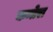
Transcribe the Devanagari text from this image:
कन्तेरा